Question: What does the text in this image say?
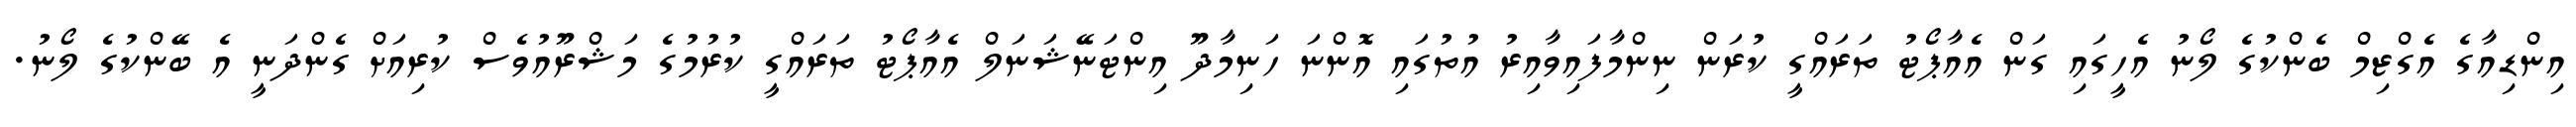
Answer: އިންޑިއާގެ އެގްޒިމް ބެންކުގެ ލޯނު އެހީގައި ގަން އެއާޕޯޓު ތަރައްގީ ކުރަން ނިންމާފައިވާއިރު އުތުގައި އޮންނަ ހަނިމާދޫ އިންޓަނޭޝަނަލް އެއާޕޯޓު ތަރައްގީ ކުރުމުގެ މަޝްރޫއުވެސް ކުރިއަށް ގެންދަނީ އެ ބޭންކުގެ ލޯނު.